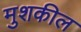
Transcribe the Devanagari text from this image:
मुशकील